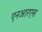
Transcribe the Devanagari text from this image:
एनआरएस